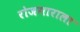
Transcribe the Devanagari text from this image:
रोजगाराला